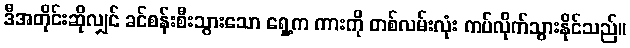
ဒီအတိုင်းဆိုလျှင် ခင်စန်းစီးသွားသော ရှေ့က ကားကို တစ်လမ်းလုံး ကပ်လိုက်သွားနိုင်သည်။